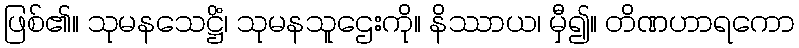
ဖြစ်၏။ သုမနသေဋ္ဌိံ၊ သုမနသူဌေးကို။ နိဿာယ၊ မှီ၍။ တိဏဟာရကော